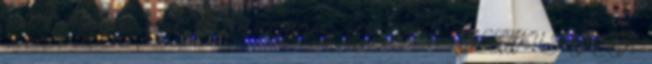
néni 1 Misztikus írások 11 MISZTIKUS VERSEK 1 MISZTIKUSVERSEK